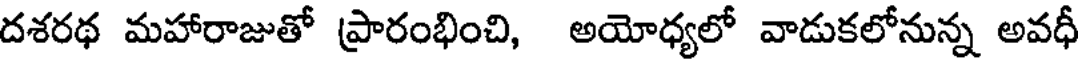
దశరథ మహారాజుతో ప్రారంభించి, అయోధ్యలో వాడుకలోనున్న అవధీ